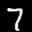
Label: 7